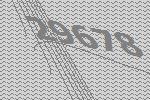
29678